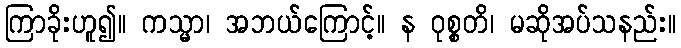
ကြာခိုးဟူ၍။ ကသ္မာ၊ အဘယ်ကြောင့်။ န ဝုစ္စတိ၊ မဆိုအပ်သနည်း။